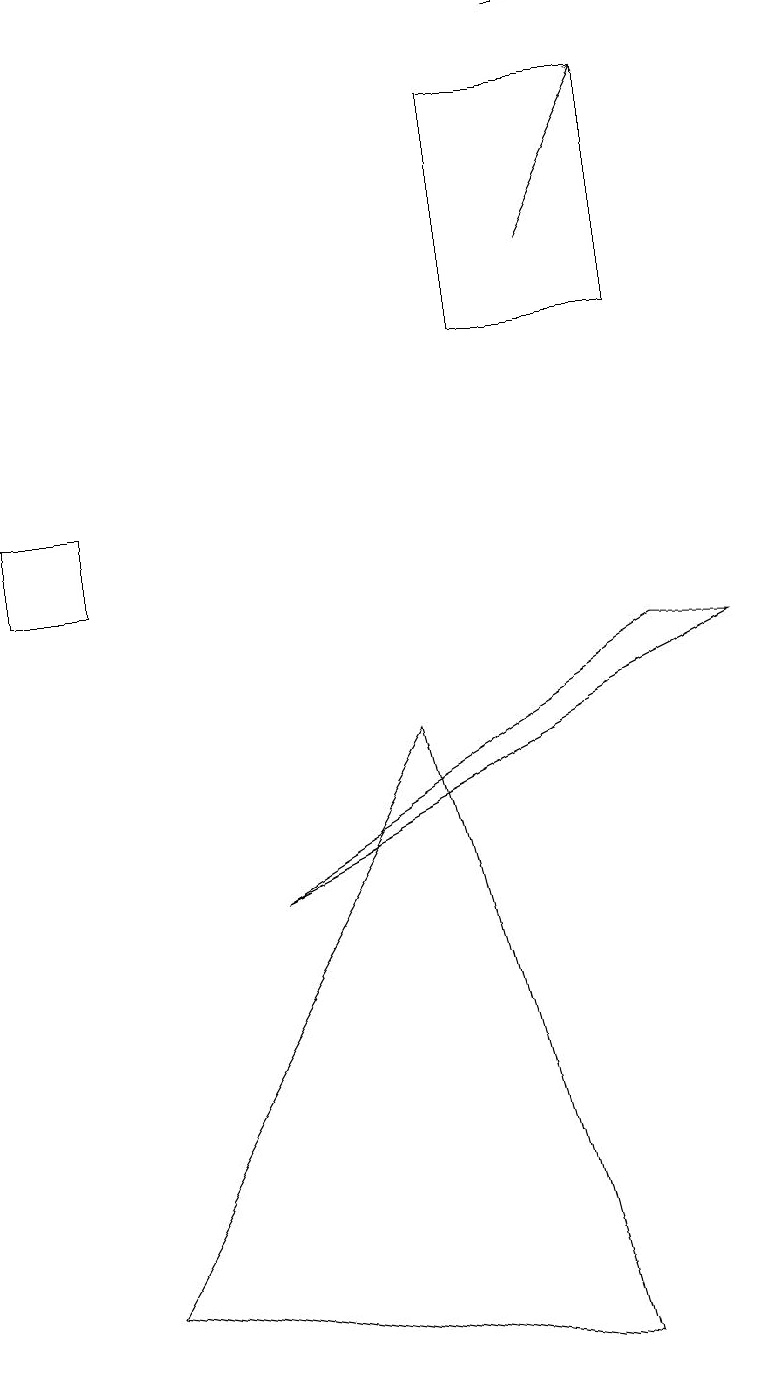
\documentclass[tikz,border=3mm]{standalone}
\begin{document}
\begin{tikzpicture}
\draw (7,0) -- (5,8) -- (1,1) -- cycle;
\draw (6,16) rectangle (8,13);
\draw (8,9) -- (9,9) -- (3,6) -- cycle;
\draw[->] (7,14) -- (8,16);
\draw (9,17) rectangle (7,17);
\draw (0,11) rectangle (1,10);
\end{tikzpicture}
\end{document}